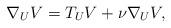
LaTeX: \begin{align*}\nabla_U V = T_U V + \nu \nabla_U V,\end{align*}